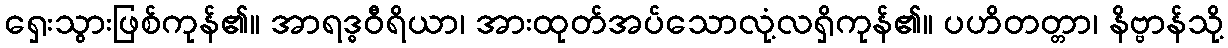
ရှေးသွားဖြစ်ကုန်၏။ အာရဒ္ဓဝီရိယာ၊ အားထုတ်အပ်သောလုံ့လရှိကုန်၏။ ပဟိတတ္တာ၊ နိဗ္ဗာန်သို့